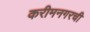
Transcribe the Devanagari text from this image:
करीमनगरची